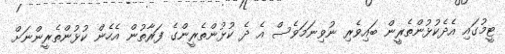
ޓީމުގައި އެދެކުޅުންތެރީން ބައިވެރި ނުވިނަމަވެސް އެ ދެ ކުޅުންތެރީންގެ ފަރާތުން އެހެން ކުޅުންތެރީންނަށް